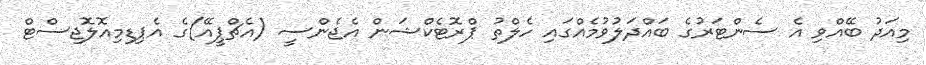
މިއަދު ބޭއްވި އެ ސެންޓަރުގެ ބައްދަލުވުމެއްގައި ހެލްތު ޕްރޮޓެކްޝަން އެޖެންސީ (އެޗްޕީއޭ)ގެ އެޕިޑިމިއޮލޮޖިސްޓް